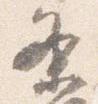
条